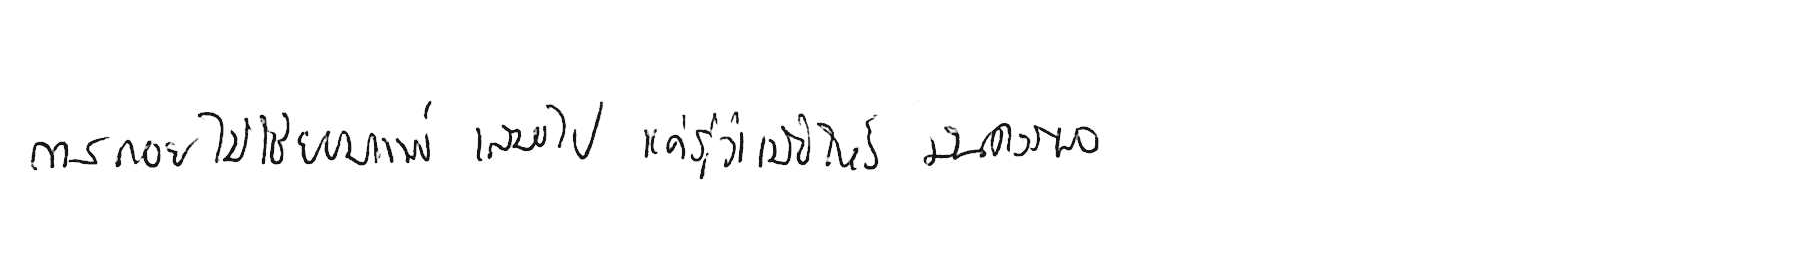
การถอย ไม่ใช่ยอมแพ้ เสมอไป แค่รู้ว่าเมื่อไหร่ มันควรพอ